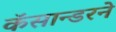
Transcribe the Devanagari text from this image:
कॅसान्डरने